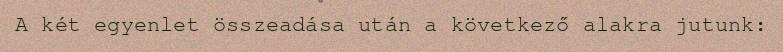
A két egyenlet összeadása után a következő alakra jutunk: